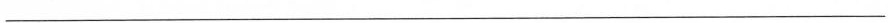
___